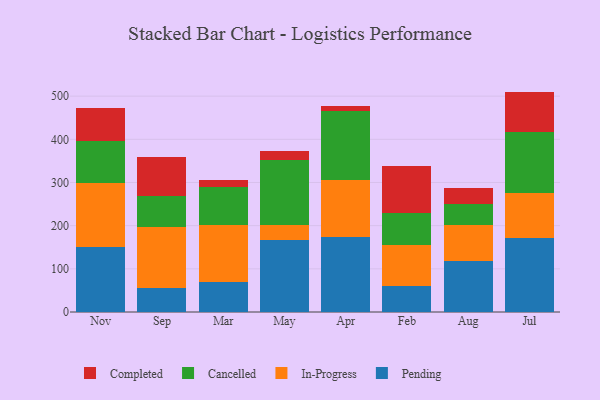
{"axis": {"x": "Month", "y": "Temperature (°C)"}, "legend": ["Cancelled", "Completed", "In-Progress", "Pending"], "data": [{"x": "Nov", "y": 150.9, "type": "Pending"}, {"x": "Nov", "y": 148.7, "type": "In-Progress"}, {"x": "Nov", "y": 97.2, "type": "Cancelled"}, {"x": "Nov", "y": 75.3, "type": "Completed"}, {"x": "Sep", "y": 56.2, "type": "Pending"}, {"x": "Sep", "y": 139.6, "type": "In-Progress"}, {"x": "Sep", "y": 73.1, "type": "Cancelled"}, {"x": "Sep", "y": 90.3, "type": "Completed"}, {"x": "Mar", "y": 69.7, "type": "Pending"}, {"x": "Mar", "y": 131.7, "type": "In-Progress"}, {"x": "Mar", "y": 88.0, "type": "Cancelled"}, {"x": "Mar", "y": 17.2, "type": "Completed"}, {"x": "May", "y": 167.6, "type": "Pending"}, {"x": "May", "y": 34.7, "type": "In-Progress"}, {"x": "May", "y": 149.2, "type": "Cancelled"}, {"x": "May", "y": 22.2, "type": "Completed"}, {"x": "Apr", "y": 172.9, "type": "Pending"}, {"x": "Apr", "y": 132.8, "type": "In-Progress"}, {"x": "Apr", "y": 159.2, "type": "Cancelled"}, {"x": "Apr", "y": 11.5, "type": "Completed"}, {"x": "Feb", "y": 59.4, "type": "Pending"}, {"x": "Feb", "y": 94.7, "type": "In-Progress"}, {"x": "Feb", "y": 75.6, "type": "Cancelled"}, {"x": "Feb", "y": 108.7, "type": "Completed"}, {"x": "Aug", "y": 118.6, "type": "Pending"}, {"x": "Aug", "y": 83.6, "type": "In-Progress"}, {"x": "Aug", "y": 48.1, "type": "Cancelled"}, {"x": "Aug", "y": 37.0, "type": "Completed"}, {"x": "Jul", "y": 171.7, "type": "Pending"}, {"x": "Jul", "y": 103.3, "type": "In-Progress"}, {"x": "Jul", "y": 141.8, "type": "Cancelled"}, {"x": "Jul", "y": 93.7, "type": "Completed"}]}